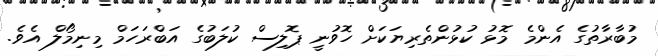
މުބާރާތުގެ އެންމެ މޮޅު ކުޅުންތެރިޔަކަށް ހޮވުނީ ޕޮލިސް ކުލަބުގެ އަބްރަހަމް މިނިމޯލް އެވެ.